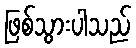
ဖြစ်သွားပါသည်